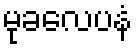
မုခလေပနံ